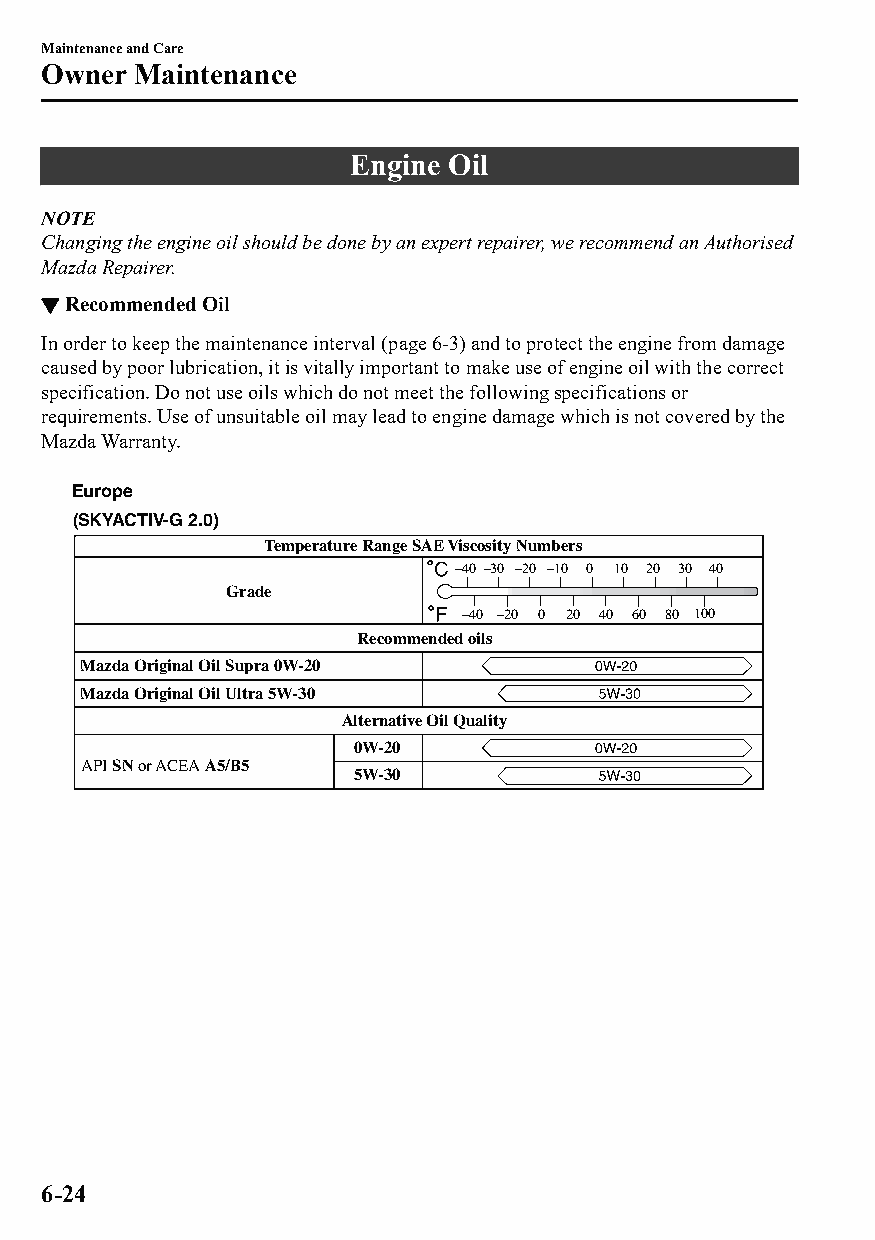
Maintenance and Care
 Owner  Maintenance
 Engine Oil
 NOTE
 Changing the engine oil should be done by an expert repairer, we recommend an Authorised
 Mazda Repairer.
 ▼Recommended Oil
 In order to keep the maintenance interval (page 6-3) and to protect the engine from damage
 caused by poor lubrication, it is vitally important to make use of engine oil with the correct
 specification. Do not use oils which do not meet the following specifications or
 requirements. Use of unsuitable oil may lead to engine damage which is not covered by the
 Mazda Warranty.
 Europe
 (SKYACTIV-G 2.0)
 Temperature Range SAE Viscosity Numbers
 –40 –30 –20 –10 0 10 20 30 40
 Grade
 –40 –20 0 20 40 60 80 100
 Recommended oils
 Mazda Original Oil Supra 0W-20
 Mazda Original Oil Ultra 5W-30
 Alternative Oil Quality
 0W-20
 API SN or ACEA A5/B5
 5W-30
 6-24
 CX-3_8GT4-EE-18D_Edition4                  2018-9-6 18:32:19